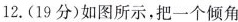
12.(19分)如图所示，把一个倾角